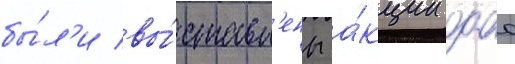
бы́л'и вы́ставл'ены а́кции оао